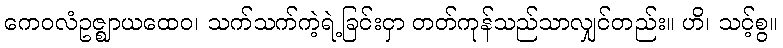
ကေဝလံဥဇ္ဈာယထေဝ၊ သက်သက်ကဲ့ရဲ့ခြင်းငှာ တတ်ကုန်သည်သာလျှင်တည်း။ ဟိ၊ သင့်စွ။